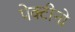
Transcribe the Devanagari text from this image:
पेक्टीनो